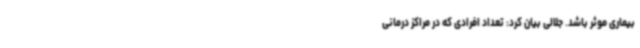
بیماری موثر باشد. جلالی بیان کرد: تعداد افرادی که در مراکز درمانی